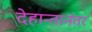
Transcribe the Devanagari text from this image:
देहान्तानंतर